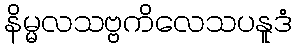
နိမ္မလသဗ္ဗကိလေသပနူဒံ